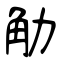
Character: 觔